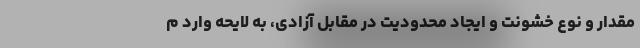
مقدار و نوع خشونت و ایجاد محدودیت در مقابل آزادی، به لایحه وارد م